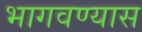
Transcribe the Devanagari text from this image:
भागवण्यास